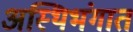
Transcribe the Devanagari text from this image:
अस्थिभंगात